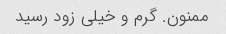
ممنون. گرم و خیلی زود رسید